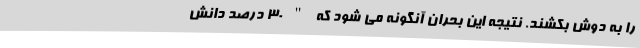
را به دوش بکشند. نتیجه این بحران آنگونه می شود که " ۳۰ درصد دانش